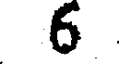
6